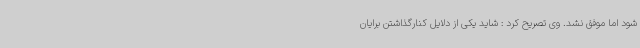
شود اما موفق نشد. وی تصریح کرد : شاید یکی از دلایل کنارگذاشتن برایان